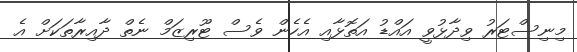
މިނިސްޓަރު ވިދާޅުވީ އައްޑު އަތޮޅާއި އެހެން ވެސް ޓޫރިޒަމް ނެތް ދާއިރާތަަކަށް އެ